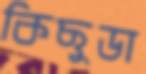
কিছুডা